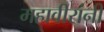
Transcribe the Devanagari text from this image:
महावीरांनी